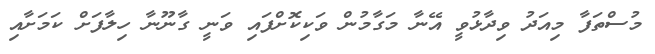
މުސްތަފާ މިއަދު ވިދާޅުވީ އޭނާ މަގާމުން ވަކިކޮށްފައި ވަނީ ގާނޫނާ ހިލާފަށް ކަމަށާއި